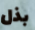
بذل